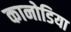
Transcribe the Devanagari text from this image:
कानोडिया